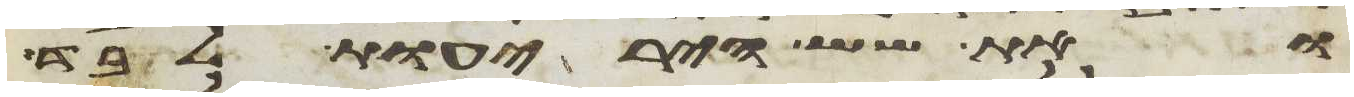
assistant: ואת שש היריעות לבד